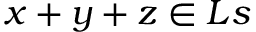
x + y + z \in L s